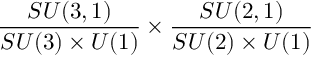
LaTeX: \frac { S U ( 3 , 1 ) } { S U ( 3 ) \times U ( 1 ) } \times \frac { S U ( 2 , 1 ) } { S U ( 2 ) \times U ( 1 ) }